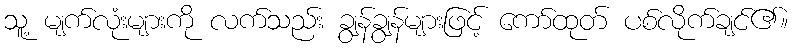
သူ့ မျက်လုံးများကို လက်သည်း ချွန်ချွန်များဖြင့် ကော်ထုတ် ပစ်လိုက်ချင်၏။